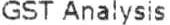
GST ANALYSIS